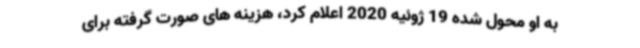
به او محول شده 19 ژوئیه 2020 اعلام کرد، هزینه های صورت گرفته برای